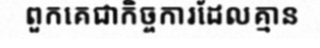
ពួកគេជាកិច្ចការដែលគ្មាន